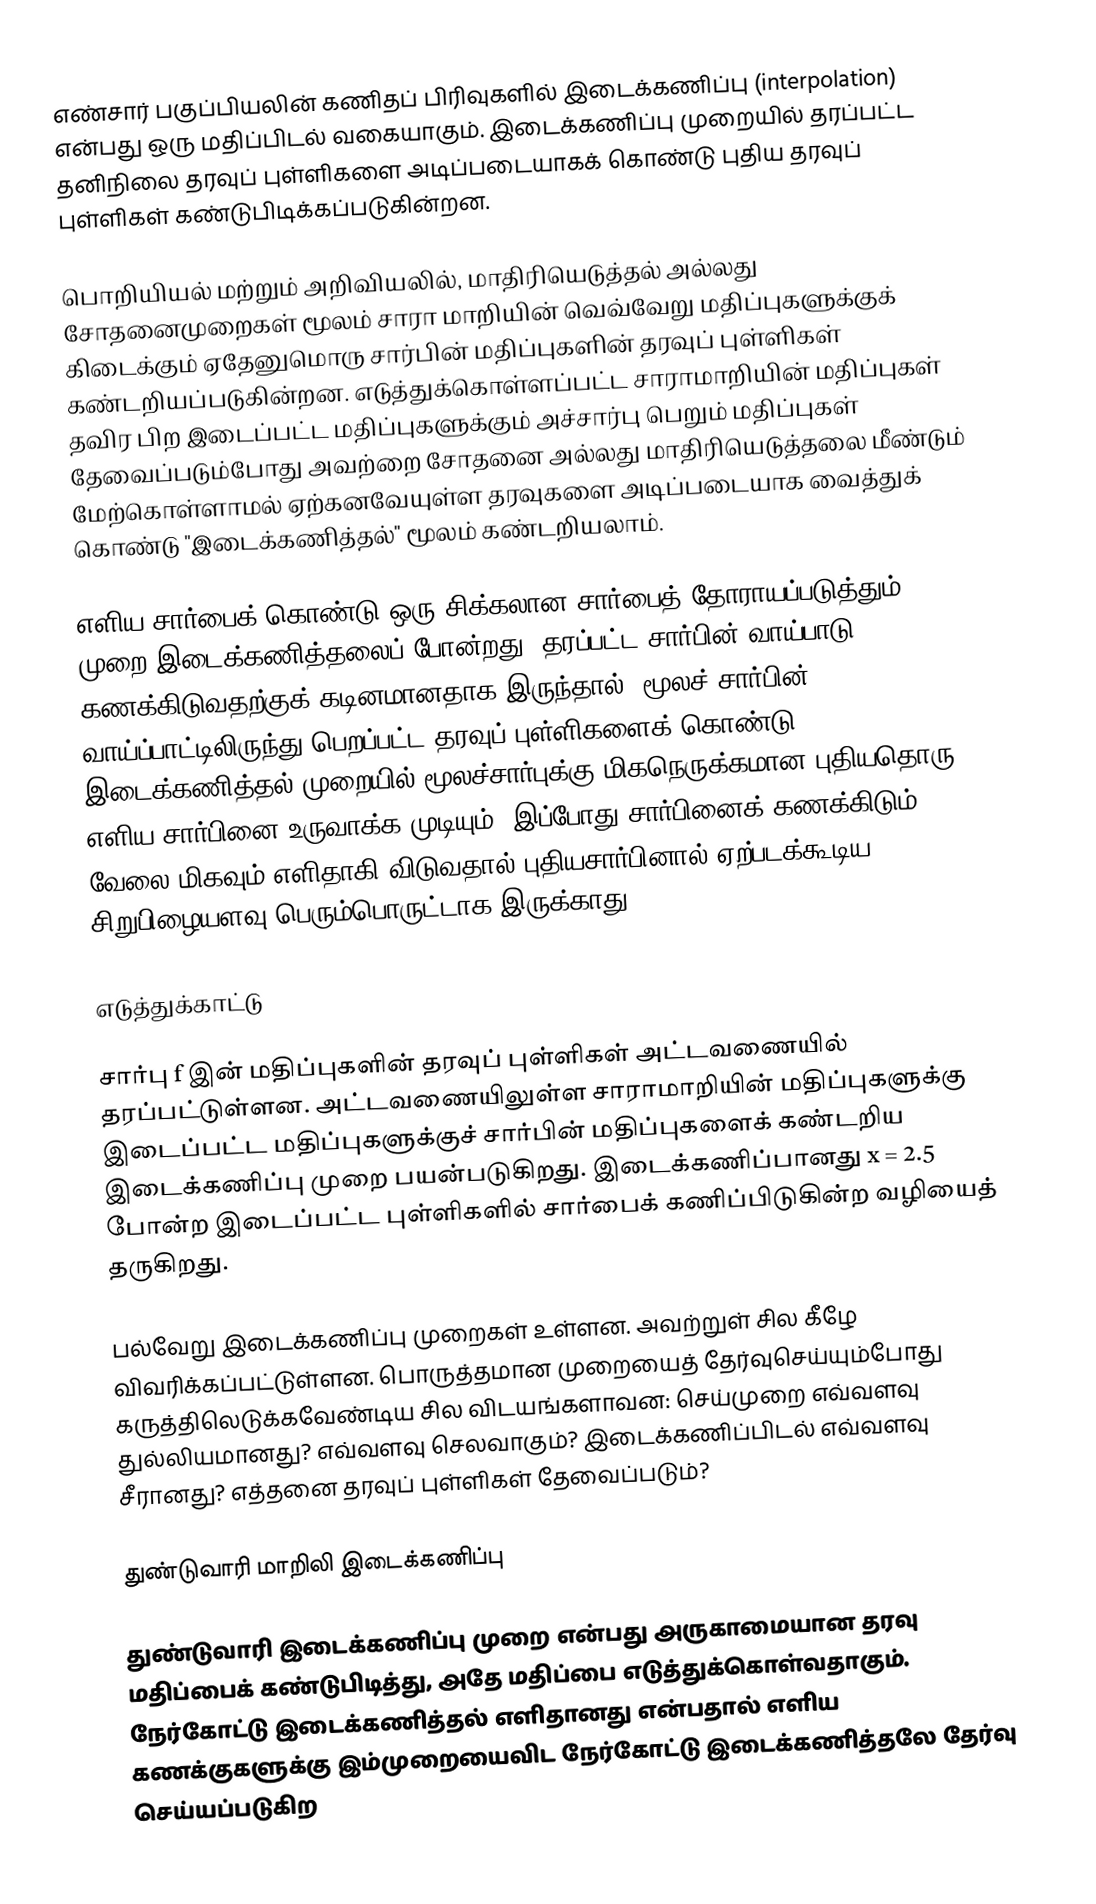
எண்சார் பகுப்பியலின் கணிதப் பிரிவுகளில் இடைக்கணிப்பு (interpolation) என்பது ஒரு மதிப்பிடல் வகையாகும். இடைக்கணிப்பு முறையில் தரப்பட்ட தனிநிலை தரவுப் புள்ளிகளை அடிப்படையாகக் கொண்டு புதிய தரவுப் புள்ளிகள் கண்டுபிடிக்கப்படுகின்றன.

பொறியியல் மற்றும் அறிவியலில், மாதிரியெடுத்தல் அல்லது சோதனைமுறைகள் மூலம் சாரா மாறியின் வெவ்வேறு மதிப்புகளுக்குக் கிடைக்கும் ஏதேனுமொரு சார்பின் மதிப்புகளின் தரவுப் புள்ளிகள் கண்டறியப்படுகின்றன. எடுத்துக்கொள்ளப்பட்ட சாராமாறியின் மதிப்புகள் தவிர பிற இடைப்பட்ட மதிப்புகளுக்கும் அச்சார்பு பெறும் மதிப்புகள் தேவைப்படும்போது அவற்றை சோதனை அல்லது மாதிரியெடுத்தலை மீண்டும் மேற்கொள்ளாமல் ஏற்கனவேயுள்ள தரவுகளை அடிப்படையாக வைத்துக் கொண்டு  "இடைக்கணித்தல்" மூலம் கண்டறியலாம்.

எளிய சார்பைக் கொண்டு ஒரு சிக்கலான சார்பைத் தோராயப்படுத்தும் முறை இடைக்கணித்தலைப் போன்றது. தரப்பட்ட சார்பின் வாய்பாடு கணக்கிடுவதற்குக் கடினமானதாக இருந்தால், மூலச் சார்பின் வாய்ப்பாட்டிலிருந்து பெறப்பட்ட தரவுப் புள்ளிகளைக் கொண்டு இடைக்கணித்தல் முறையில் மூலச்சார்புக்கு மிகநெருக்கமான புதியதொரு எளிய சார்பினை உருவாக்க முடியும். இப்போது சார்பினைக் கணக்கிடும் வேலை மிகவும் எளிதாகி விடுவதால் புதியசார்பினால் ஏற்படக்கூடிய சிறுபிழையளவு பெரும்பொருட்டாக இருக்காது.

எடுத்துக்காட்டு

சார்பு f இன் மதிப்புகளின் தரவுப் புள்ளிகள் அட்டவணையில் தரப்பட்டுள்ளன. அட்டவணையிலுள்ள சாராமாறியின் மதிப்புகளுக்கு இடைப்பட்ட மதிப்புகளுக்குச் சார்பின் மதிப்புகளைக் கண்டறிய இடைக்கணிப்பு முறை பயன்படுகிறது. இடைக்கணிப்பானது x  = 2.5 போன்ற இடைப்பட்ட புள்ளிகளில் சார்பைக் கணிப்பிடுகின்ற வழியைத் தருகிறது.

பல்வேறு இடைக்கணிப்பு முறைகள் உள்ளன. அவற்றுள் சில கீழே விவரிக்கப்பட்டுள்ளன. பொருத்தமான முறையைத் தேர்வுசெய்யும்போது கருத்திலெடுக்கவேண்டிய சில விடயங்களாவன: செய்முறை எவ்வளவு துல்லியமானது? எவ்வளவு செலவாகும்? இடைக்கணிப்பிடல் எவ்வளவு சீரானது? எத்தனை தரவுப் புள்ளிகள் தேவைப்படும்?

துண்டுவாரி மாறிலி இடைக்கணிப்பு

துண்டுவாரி இடைக்கணிப்பு முறை என்பது அருகாமையான தரவு மதிப்பைக் கண்டுபிடித்து, அதே மதிப்பை எடுத்துக்கொள்வதாகும். நேர்கோட்டு இடைக்கணித்தல் எளிதானது என்பதால் எளிய கணக்குகளுக்கு இம்முறையைவிட நேர்கோட்டு இடைக்கணித்தலே தேர்வு செய்யப்படுகிற